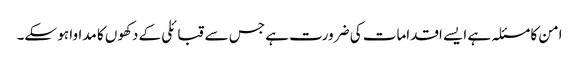
امن کا مسئلہ ہے ایسے اقدامات کی ضرورت ہے جس سے قبائلی کے دکھوں کا مداوا ہو سکے۔